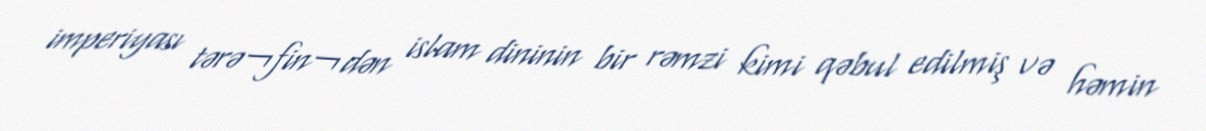
imperiyası tərə¬fin¬dən islam dininin bir rəmzi kimi qəbul edilmiş və həmin